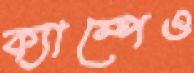
ক্যাম্পেও